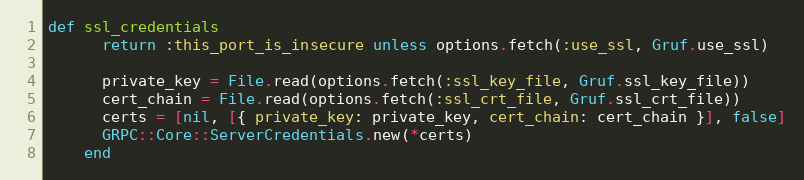
Language: Ruby
def ssl_credentials
      return :this_port_is_insecure unless options.fetch(:use_ssl, Gruf.use_ssl)

      private_key = File.read(options.fetch(:ssl_key_file, Gruf.ssl_key_file))
      cert_chain = File.read(options.fetch(:ssl_crt_file, Gruf.ssl_crt_file))
      certs = [nil, [{ private_key: private_key, cert_chain: cert_chain }], false]
      GRPC::Core::ServerCredentials.new(*certs)
    end